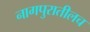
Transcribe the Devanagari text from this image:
नागपुरातीलच